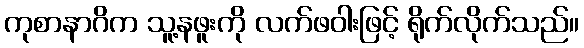
ကုစာနာဂိက သူ့နဖူးကို လက်ဖဝါးဖြင့် ရိုက်လိုက်သည်။